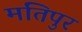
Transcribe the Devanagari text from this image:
मतिपुर